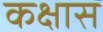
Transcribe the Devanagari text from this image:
कक्षास